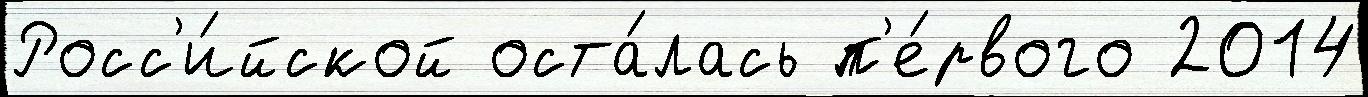
Росс'и́йской оста́лась п'е́рвого 2014